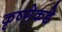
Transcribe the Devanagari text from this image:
कृष्णेकडे